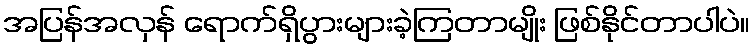
အပြန်အလှန် ရောက်ရှိပွားများခဲ့ကြတာမျိုး ဖြစ်နိုင်တာပါပဲ။